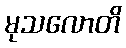
မုသလောတိ